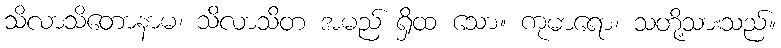
သိလာသိတောနာမ၊ သိလာသိတ အမည် ရှိထ သော။ ကုမာရော၊ သတို့သားသည်။